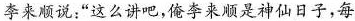
李来顺说:“这么讲吧，俺李来顺是神仙日子，每